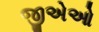
જીએઓ